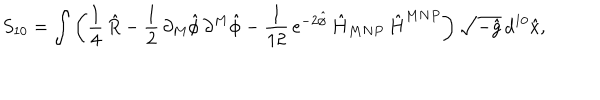
LaTeX: S _ { 1 0 } = \int \left( \frac { 1 } { 4 } \, \hat { R } - \frac { 1 } { 2 } \, \partial _ { M } \hat { \phi } \, \partial ^ { M } \hat { \phi } - \frac { 1 } { 1 2 } \, e ^ { - 2 \hat { \phi } } \, \hat { H } _ { M N P } \, \hat { H } ^ { M N P } \right) \sqrt { - \hat { g } } \, d ^ { 1 0 } \hat { x } ,